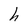
Character: h